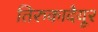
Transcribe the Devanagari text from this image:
तिरुकादैयूर